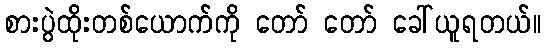
စားပွဲထိုးတစ်ယောက်ကို တော် တော် ခေါ်ယူရတယ်။